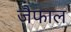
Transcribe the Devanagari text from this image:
जैफाल